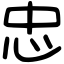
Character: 忠